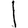
Digit: 1